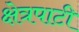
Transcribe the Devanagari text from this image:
क्षेत्रपाटी